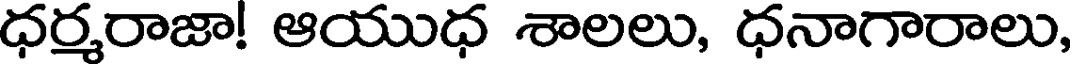
ధర్మరాజా! ఆయుధ శాలలు, ధనాగారాలు,